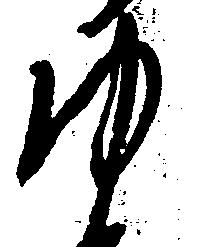
ゆ